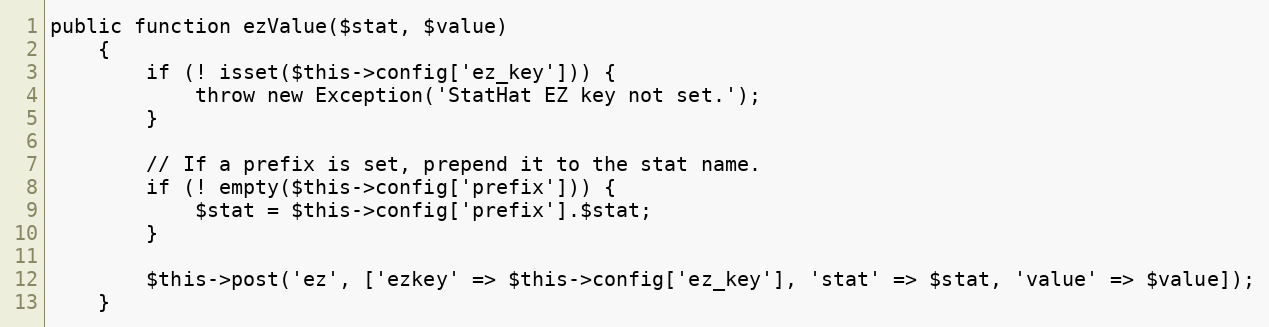
Language: PHP
public function ezValue($stat, $value)
    {
        if (! isset($this->config['ez_key'])) {
            throw new Exception('StatHat EZ key not set.');
        }

        // If a prefix is set, prepend it to the stat name.
        if (! empty($this->config['prefix'])) {
            $stat = $this->config['prefix'].$stat;
        }

        $this->post('ez', ['ezkey' => $this->config['ez_key'], 'stat' => $stat, 'value' => $value]);
    }